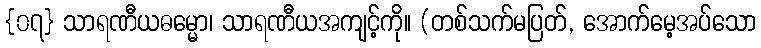
{၀၇} သာရဏီယဓမ္မော၊ သာရဏီယအကျင့်ကို။ (တစ်သက်မပြတ်, အောက်မေ့အပ်သော